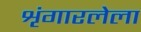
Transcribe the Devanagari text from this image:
शृंगारलेला